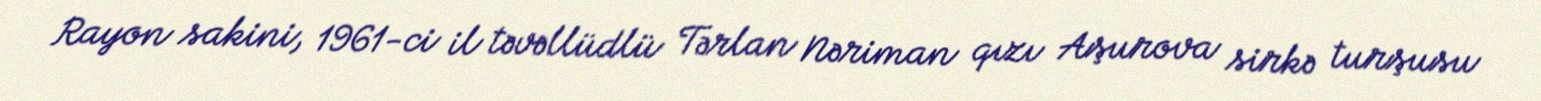
Rayon sakini, 1961-ci il təvəllüdlü Tərlan Nəriman qızı Aşurova sirkə turşusu